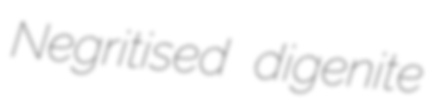
Negritised digenite